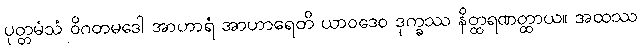
ပုတ္တမံသံ ဝိဂတမဒေါ အာဟာရံ အာဟာရေတိ ယာဝဒေဝ ဒုက္ခဿ နိတ္ထရဏတ္ထာယ။ အထဿ